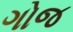
ગોજ